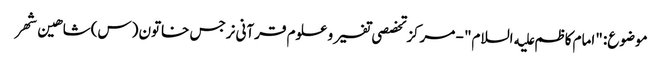
موضوع: "امام کاظم علیه السلام" - مرکز تخصصی تفسیر و علوم قرآنی نرجس خاتون (س)شاهین شهر